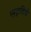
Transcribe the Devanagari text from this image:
एस्ट्राडियो